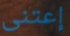
إعتنى